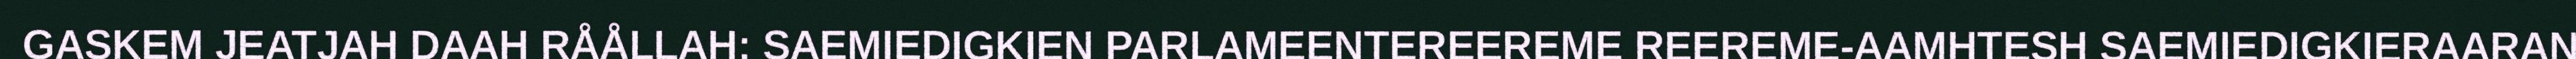
GASKEM JEATJAH DAAH RÅÅLLAH: SAEMIEDIGKIEN PARLAMEENTEREEREME REEREME-AAMHTESH SAEMIEDIGKIERAARAN